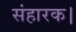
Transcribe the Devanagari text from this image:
संहारक।